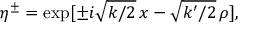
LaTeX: \eta ^ { \pm } = \exp [ \pm i \sqrt { k / 2 } \, x - \sqrt { k ^ { \prime } / 2 } \, \rho ] ,